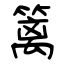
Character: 篱